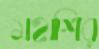
মহাশির